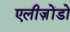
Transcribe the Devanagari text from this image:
एलीज़ोंडो